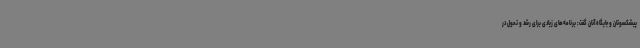
پیشکسوتان و جایگاه آنان گفت: برنامه‌های زیادی برای رشد و تحول در